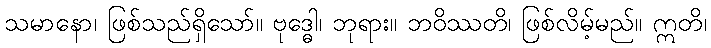
သမာနော၊ ဖြစ်သည်ရှိသော်။ ဗုဒ္ဓေါ၊ ဘုရား။ ဘဝိဿတိ၊ ဖြစ်လိမ့်မည်။ ဣတိ၊